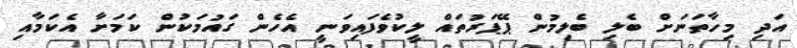
އަދި މިހާތަނަށް ބެލި ބެލިމުން ޕޭޕަރުތައް ލީކުވެފައިވަނީ އެހެން ގައުމަކުން ކަމަށާ އެކަމާއި